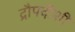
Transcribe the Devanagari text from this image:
द्रौपदीशी